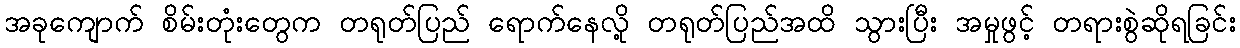
အခုကျောက် စိမ်းတုံးတွေက တရုတ်ပြည် ရောက်နေလို့ တရုတ်ပြည်အထိ သွားပြီး အမှုဖွင့် တရားစွဲဆိုရခြင်း